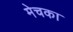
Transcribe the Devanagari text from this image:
मेचका